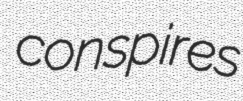
conspires